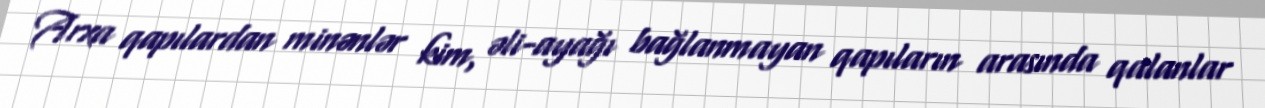
Arxa qapılardan minənlər kim, əli-ayağı bağlanmayan qapıların arasında qalanlar